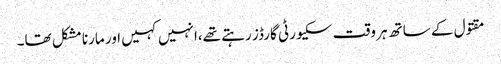
مقتول کے ساتھ ہر وقت سکیورٹی گارڈز رہتے تھے،انہیں کہیں اور مارنا مشکل تھا۔